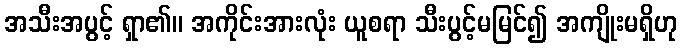
အသီးအပွင့် ရှာ၏။ အကိုင်းအားလုံး ယူစရာ သီးပွင့်မမြင်၍ အကျိုးမရှိဟု